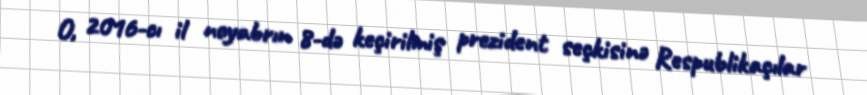
O, 2016-cı il noyabrın 8-də keçirilmiş prezident seçkisinə Respublikaçılar